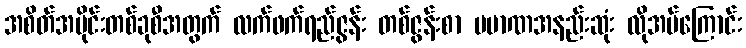
အစိတ်အပိုင်းတစ်ခုစီအတွက် လက်ဖက်ရည်ဇွန်း တစ်ဇွန်းစာ ပမာဏအနည်းဆုံး လိုအပ်ကြောင်း